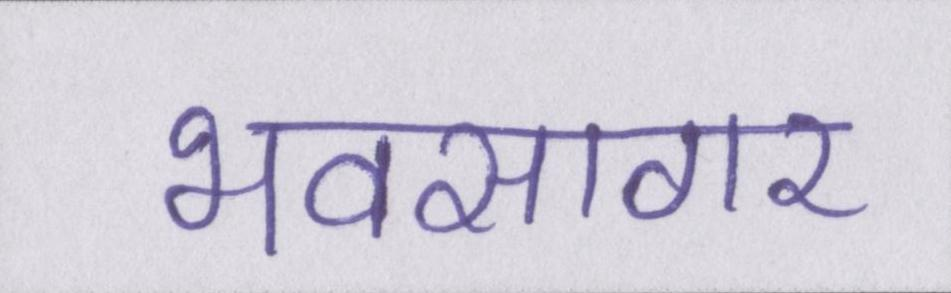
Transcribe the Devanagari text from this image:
भवसागर